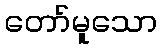
တော်မူသော